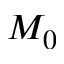
M _ { 0 }